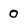
Character: 0